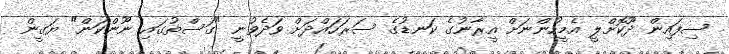
ސިފައިން ދޫކޮށްލީ އެމީހުންނަށް އީރާނުގެ ކަނޑުގެ ސަރަހައްދަށް ވަދެވުނީ "ގަސްތުގައި ނޫންކަން" ޔަގީން